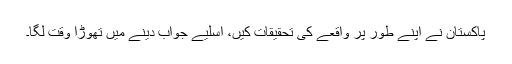
پاکستان نے اپنے طور پر واقعے کی تحقیقات کیں، اسلیے جواب دینے میں تھوڑا وقت لگا۔